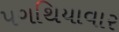
પગથિયાવાર